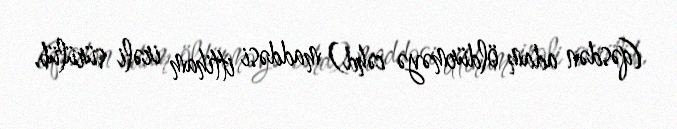
(qəsdən adam öldürməyə cəhd) maddəsi ittiham irəli sürülüb.